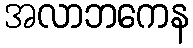
အလာဘကေန